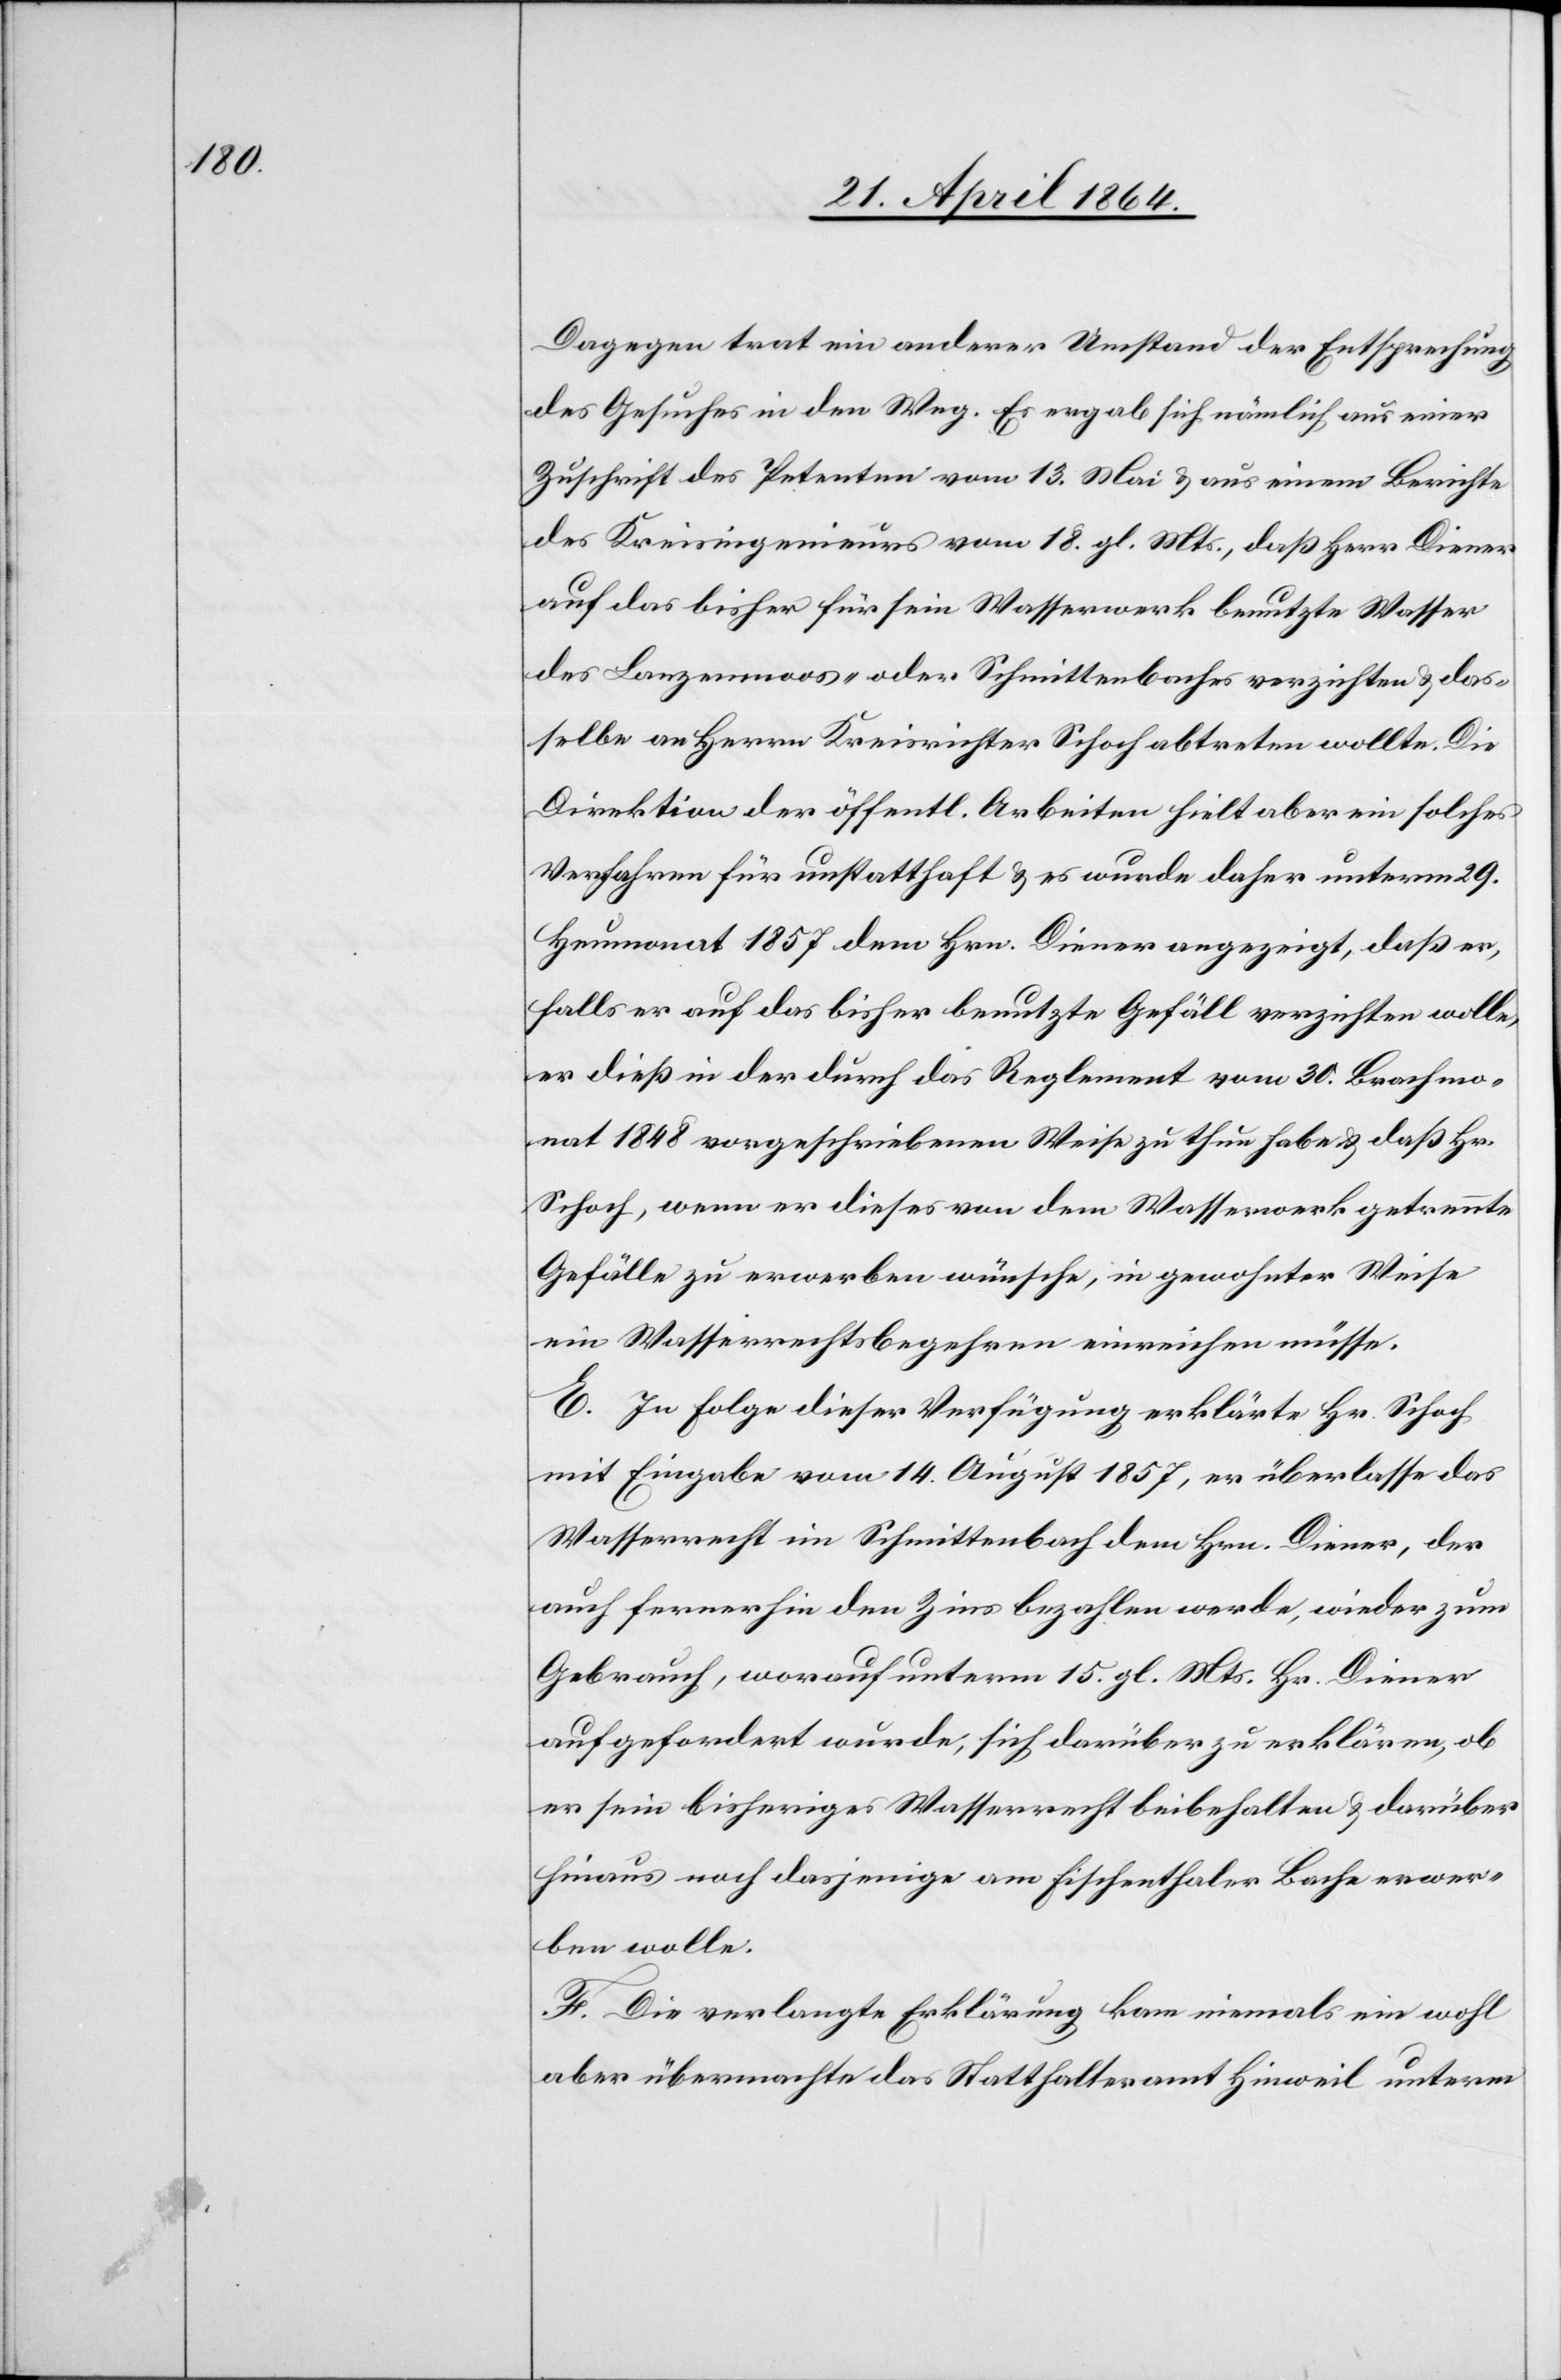
Dagegen trat ein anderer Umstand der Entsprechung
des Gesuches in den Weg. Es ergab sich nämlich aus einer
Zuschrift des Petenten vom 13. Mai u. aus einem Berichte
des Kreisingenieurs vom 18. gl. Mts, daß Herr Diener
auf das bisher für sein Wasserwerk benutzte Wasser
des Lanzenmoos- oder Schmittenbaches verzichten u. das¬
selbe an Herrn Kreisrichter Schoch abtreten wollte. Die
Direktion der öffentl. Arbeiten hielt aber ein solches
Verfahren für unstatthaft u. es wurde daher unterm 29.
Heumonat 1857 dem Hrn. Diener angezeigt, daß er,
falls er auf das bisher benutzte Gefäll verzichten wolle,
er dieß in der durch das Reglement vom 30. Brachmo¬
nat 1848 vorgeschriebenen Weise zu thun habe u. daß Hr.
Schoch, wenn er dieses von dem Wasserwerk getrennte
Gefälle zu erwerben wünsche, in gewohnter Weise
ein Wasserrechtsbegehren einreichen müsse.
E. In Folge dieser Verfügung erklärte Hr. Schoch
mit Eingabe vom 14. August 1857, er überlasse das
Wasserrecht im Schmittenbach dem Hrn. Diener, der
auch fernerhin den Zins bezahlen werde, wieder zum
Gebrauch, worauf unterm 15. gl. Mts. Hr. Diener
aufgefordert wurde, sich darüber zu erklären, ob
er sein bisheriges Wasserrecht beibehalten u. darüber
hinaus noch dasjenige am Fischenthaler Bache erwer¬
ben wolle.
F. Die verlangte Erklärung kam niemals ein wohl
aber übermachte das Statthalteramt Hinweil unterm